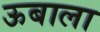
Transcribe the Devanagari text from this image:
ऊबाला